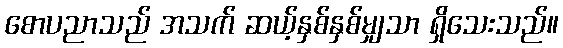
စောပညာသည် အသက် ဆယ့်နှစ်နှစ်မျှသာ ရှိသေးသည်။